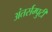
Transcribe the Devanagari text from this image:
अंतर्सम्पुटी